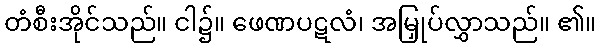
တံစီးအိုင်သည်။ ငါ၌။ ဖေဏပဋလံ၊ အမြှုပ်လွှာသည်။ ၏။